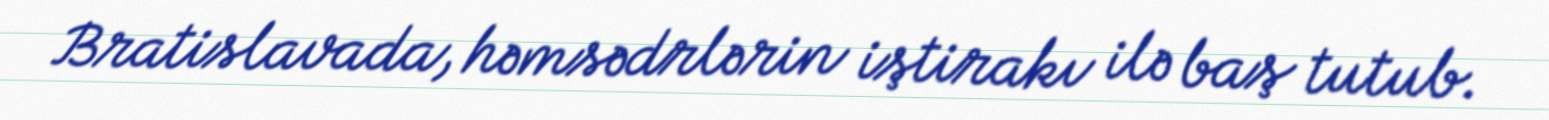
Bratislavada, həmsədrlərin iştirakı ilə baş tutub.